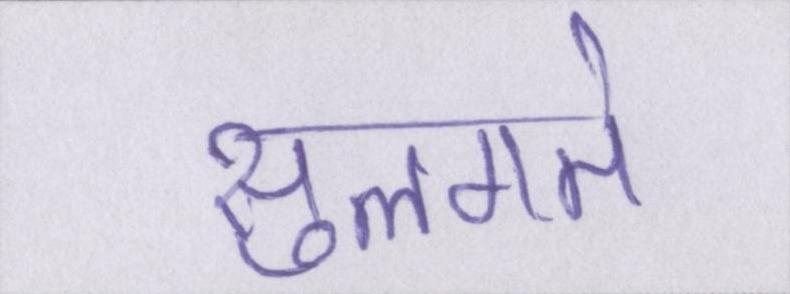
सुलगते